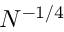
N ^ { - 1 / 4 }